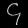
Digit: ၄